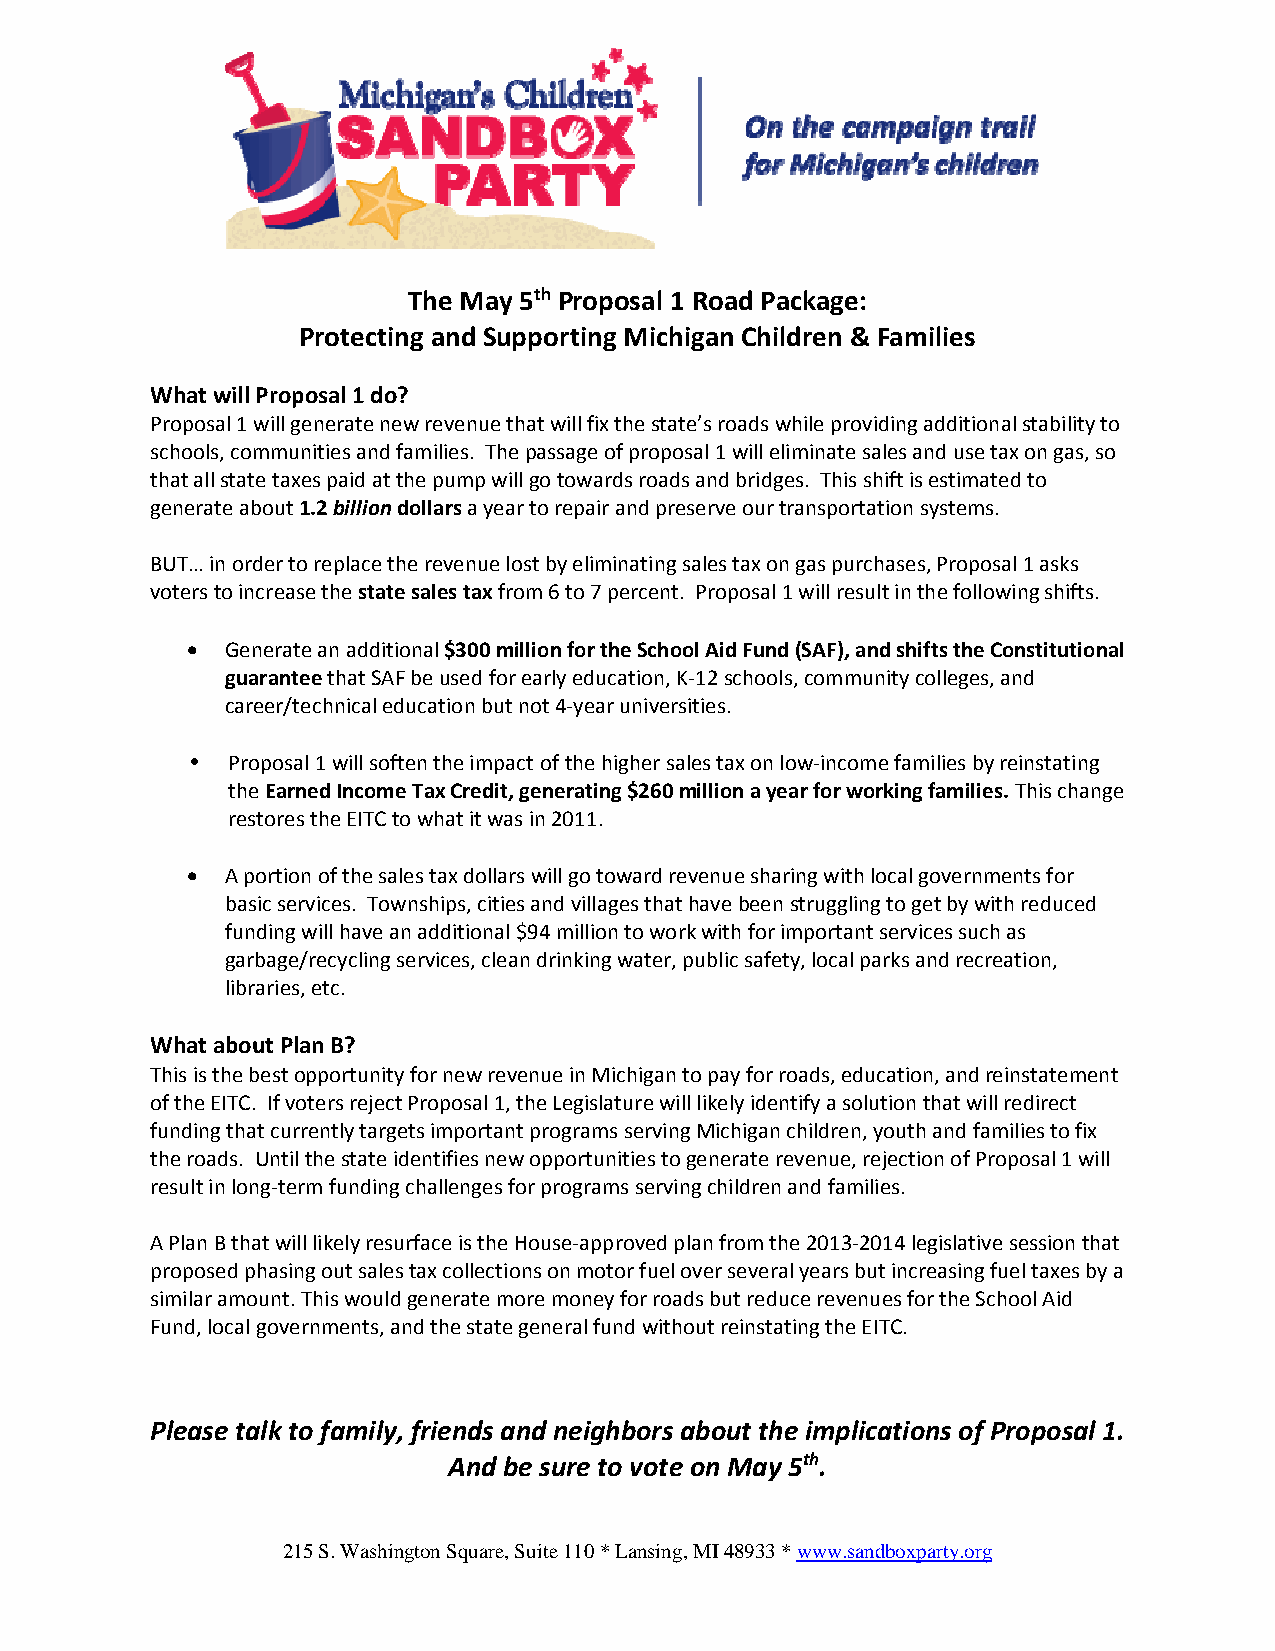
The May 5th Proposal 1 Road Package:
 Protecting and Supporting Michigan Children & Families
 What will Proposal 1 do?
 Proposal 1 will generate new revenue that will fix the state’s roads while providing additional stability to
 schools, communities and families. The passage of proposal 1 will eliminate sales and use tax on gas, so
 that all state taxes paid at the pump will go towards roads and bridges. This shift is estimated to
 generate about 1.2 billion dollars a year to repair and preserve our transportation systems.
 BUT… in order to replace the revenue lost by eliminating sales tax on gas purchases, Proposal 1 asks
 voters to increase the state sales tax from 6 to 7 percent. Proposal 1 will result in the following shifts.
   Generate an additional $300 million for the School Aid Fund (SAF), and shifts the Constitutional
 guarantee that SAF be used for early education, K‐12 schools, community colleges, and
 career/technical education but not 4‐year universities.
 •  Proposal 1 will soften the impact of the higher sales tax on low‐income families by reinstating
 the Earned Income Tax Credit, generating $260 million a year for working families. This change
 restores the EITC to what it was in 2011.
   A portion of the sales tax dollars will go toward revenue sharing with local governments for
 basic services. Townships, cities and villages that have been struggling to get by with reduced
 funding will have an additional $94 million to work with for important services such as
 garbage/recycling services, clean drinking water, public safety, local parks and recreation,
 libraries, etc.
 What about Plan B?
 This is the best opportunity for new revenue in Michigan to pay for roads, education, and reinstatement
 of the EITC. If voters reject Proposal 1, the Legislature will likely identify a solution that will redirect
 funding that currently targets important programs serving Michigan children, youth and families to fix
 the roads. Until the state identifies new opportunities to generate revenue, rejection of Proposal 1 will
 result in long‐term funding challenges for programs serving children and families.
 A Plan B that will likely resurface is the House‐approved plan from the 2013‐2014 legislative session that
 proposed phasing out sales tax collections on motor fuel over several years but increasing fuel taxes by a
 similar amount. This would generate more money for roads but reduce revenues for the School Aid
 Fund, local governments, and the state general fund without reinstating the EITC.
 Please talk to family, friends and neighbors about the implications of Proposal 1.
 And be sure to vote on May 5th.
 215 S. Washington Square, Suite 110 * Lansing, MI 48933 * www.sandboxparty.org